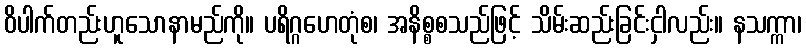
ဝိပါက်တည်းဟူသောနာမည်ကို။ ပရိဂ္ဂဟေတုံစ၊ အနိစ္စစသည်ဖြင့် သိမ်းဆည်းခြင်းငှါလည်း။ နသက္ကာ၊